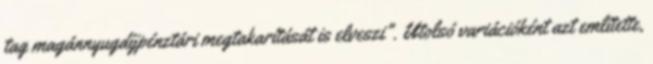
tag magánnyugdíjpénztári megtakarítását is elveszi". Utolsó variációként azt említette,